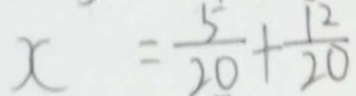
x = \frac { 5 } { 2 0 } + \frac { 1 2 } { 2 0 }